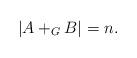
LaTeX: \begin{align*}|A+_G B|=n. \end{align*}